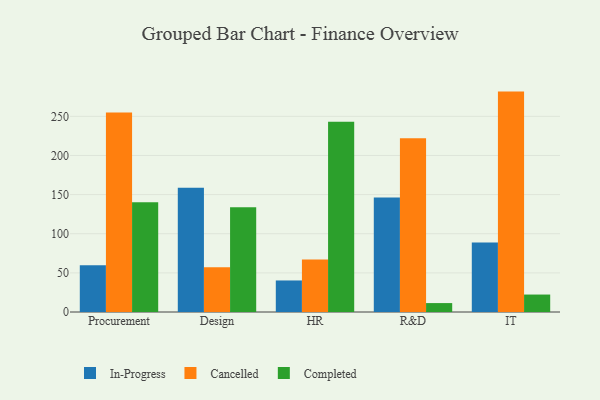
{"axis": {"x": "Department", "y": "Active Users"}, "legend": ["Cancelled", "Completed", "In-Progress"], "data": [{"x": "Procurement", "y": 59.8, "type": "In-Progress"}, {"x": "Procurement", "y": 255.0, "type": "Cancelled"}, {"x": "Procurement", "y": 140.3, "type": "Completed"}, {"x": "Design", "y": 158.9, "type": "In-Progress"}, {"x": "Design", "y": 57.3, "type": "Cancelled"}, {"x": "Design", "y": 133.8, "type": "Completed"}, {"x": "HR", "y": 40.3, "type": "In-Progress"}, {"x": "HR", "y": 67.2, "type": "Cancelled"}, {"x": "HR", "y": 243.0, "type": "Completed"}, {"x": "R&D", "y": 146.2, "type": "In-Progress"}, {"x": "R&D", "y": 222.0, "type": "Cancelled"}, {"x": "R&D", "y": 11.4, "type": "Completed"}, {"x": "IT", "y": 88.7, "type": "In-Progress"}, {"x": "IT", "y": 281.6, "type": "Cancelled"}, {"x": "IT", "y": 22.3, "type": "Completed"}]}